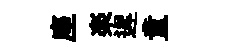
座楽遲童